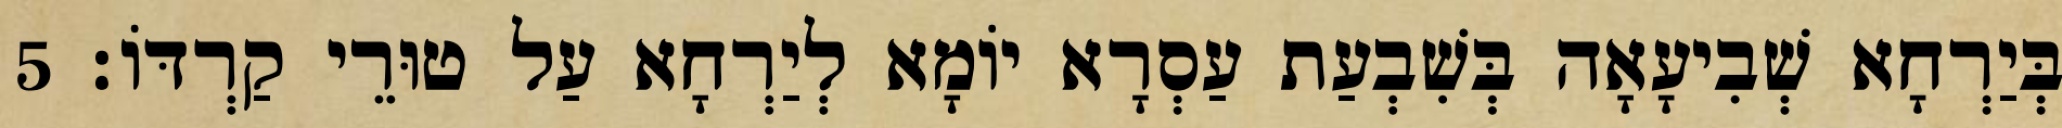
בְּיַרְחָא שְׁבִיעָאָה בְּשִׁבְעַת עַסְרָא יוֹמָא לְיַרְחָא עַל טוּרֵי קַרְדּוֹ׃ 5